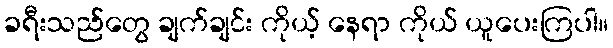
ခရီးသည်တွေ ချက်ချင်း ကိုယ့် နေရာ ကိုယ် ယူပေးကြပါ။